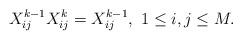
LaTeX: \begin{align*}X_{ij}^{k-1}X_{ij}^{k}=X_{ij}^{k-1}, \ 1 \leq i,j \leq M.\end{align*}